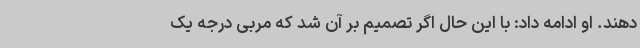
دهند. او ادامه داد: با این حال اگر تصمیم بر آن شد که مربی درجه یک